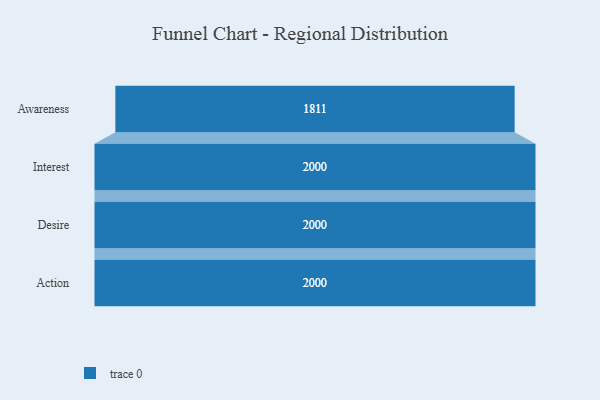
{"axis": {"x": "Stage", "y": "Value"}, "legend": [""], "data": [{"x": "Awareness", "y": 1811.0, "type": ""}, {"x": "Interest", "y": 2000, "type": ""}, {"x": "Desire", "y": 2000, "type": ""}, {"x": "Action", "y": 2000, "type": ""}]}